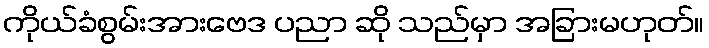
ကိုယ်ခံစွမ်းအားဗေဒ ပညာ ဆို သည်မှာ အခြားမဟုတ်။